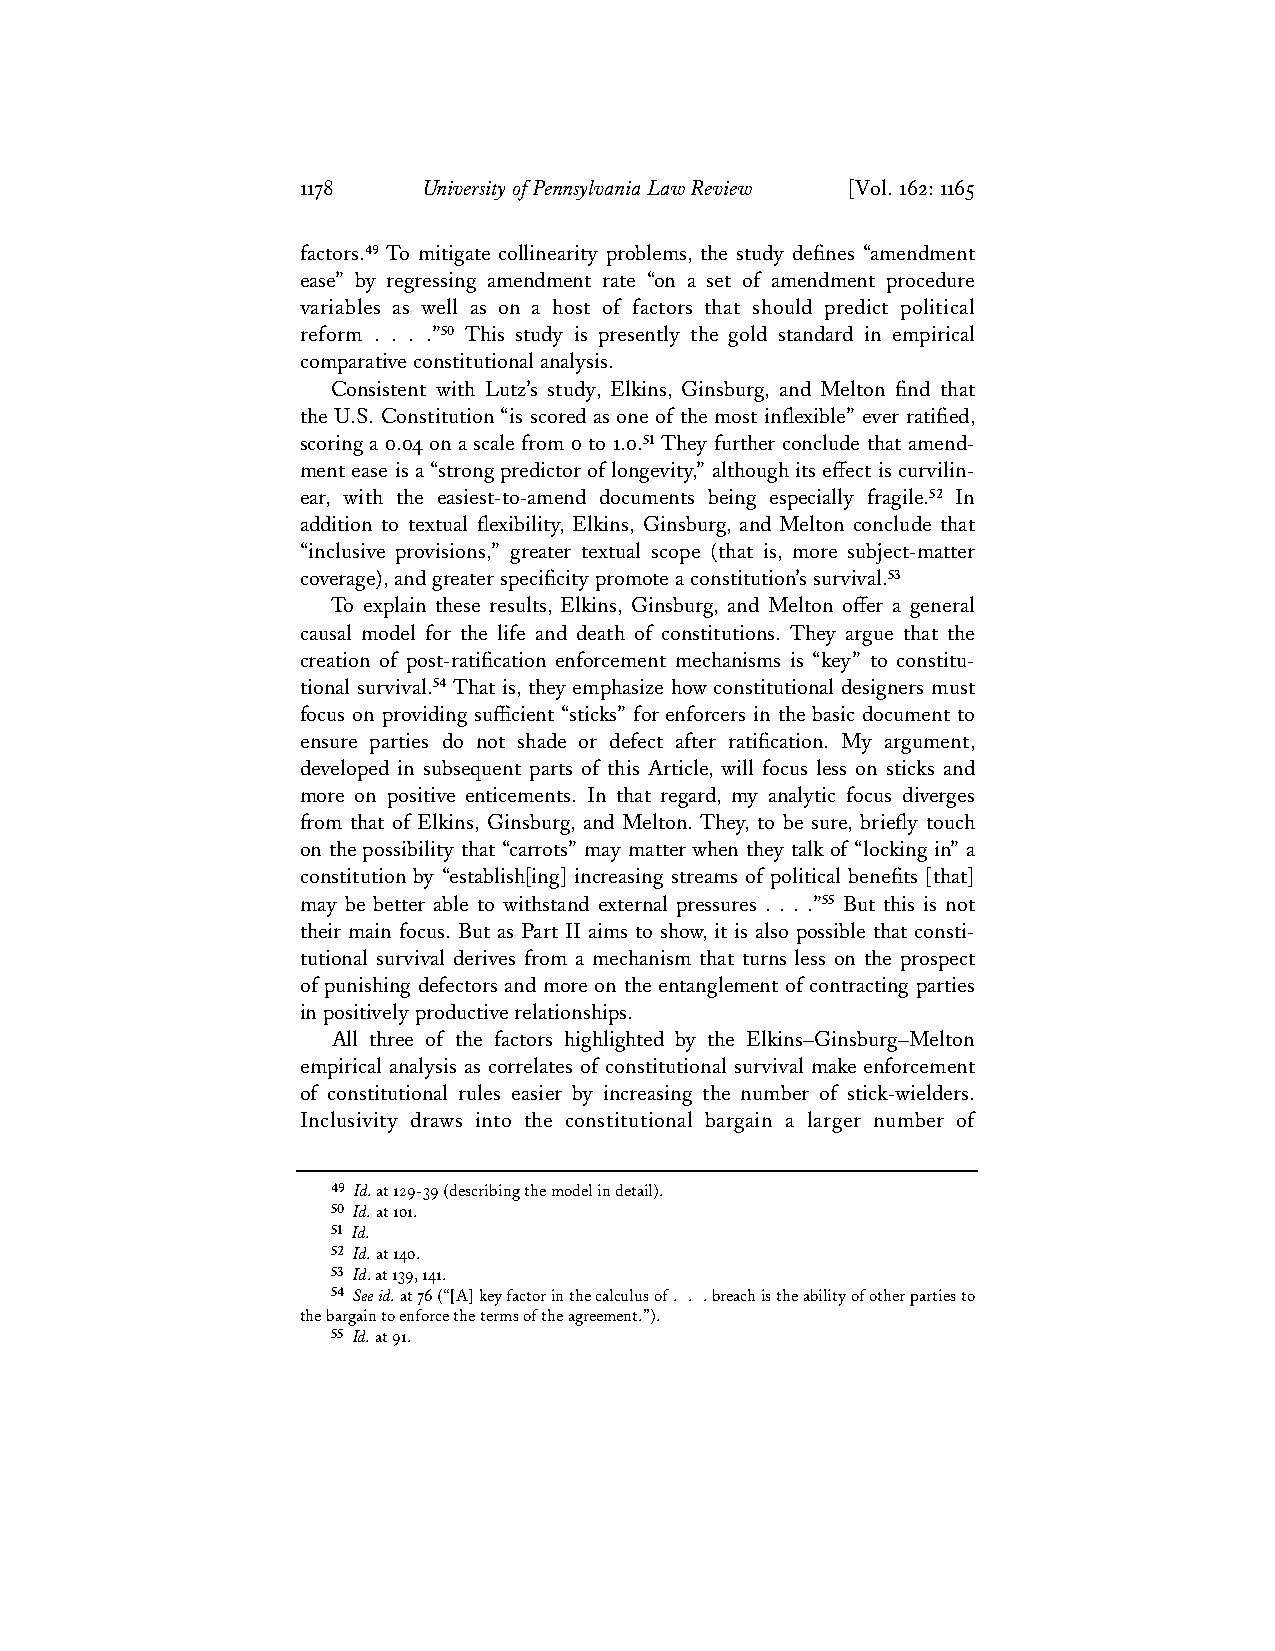
1178    University of Pennsylvania Law Review [Vol. 162: 1165
 factors.49 To mitigate collinearity problems, the study defines “amendment
 ease” by regressing amendment rate “on a set of amendment procedure
 variables as well as on a host of factors that should predict political
 reform . . . .”50 This study is presently the gold standard in empirical
 comparative constitutional analysis.
 Consistent with Lutz’s study, Elkins, Ginsburg, and Melton find that
 the U.S. Constitution “is scored as one of the most inflexible” ever ratified,
 scoring a 0.04 on a scale from 0 to 1.0.51 They further conclude that amend-
 ment ease is a “strong predictor of longevity,” although its effect is curvilin-
 ear, with the easiest-to-amend documents being especially fragile.52 In
 addition to textual flexibility, Elkins, Ginsburg, and Melton conclude that
 “inclusive provisions,” greater textual scope (that is, more subject-matter
 coverage), and greater specificity promote a constitution’s survival.53
 To explain these results, Elkins, Ginsburg, and Melton offer a general
 causal model for the life and death of constitutions. They argue that the
 creation of post-ratification enforcement mechanisms is “key” to constitu-
 tional survival.54 That is, they emphasize how constitutional designers must
 focus on providing sufficient “sticks” for enforcers in the basic document to
 ensure parties do not shade or defect after ratification. My argument,
 developed in subsequent parts of this Article, will focus less on sticks and
 more on positive enticements. In that regard, my analytic focus diverges
 from that of Elkins, Ginsburg, and Melton. They, to be sure, briefly touch
 on the possibility that “carrots” may matter when they talk of “locking in” a
 constitution by “establish[ing] increasing streams of political benefits [that]
 may be better able to withstand external pressures . . . .”55 But this is not
 their main focus. But as Part II aims to show, it is also possible that consti-
 tutional survival derives from a mechanism that turns less on the prospect
 of punishing defectors and more on the entanglement of contracting parties
 in positively productive relationships.
 All three of the factors highlighted by the Elkins–Ginsburg–Melton
 empirical analysis as correlates of constitutional survival make enforcement
 of constitutional rules easier by increasing the number of stick-wielders.
 Inclusivity draws into the constitutional bargain a larger number of
 49 Id. at 129-39 (describing the model in detail).
 50 Id. at 101.
 51 Id.
 52 Id. at 140.
 53 Id. at 139, 141.
 54 See id. at 76 (“[A] key factor in the calculus of . . . breach is the ability of other parties to
 the bargain to enforce the terms of the agreement.”).
 55 Id. at 91.